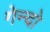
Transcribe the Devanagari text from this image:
गेन्दो